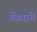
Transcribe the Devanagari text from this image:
गेंड्यांचे